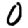
Digit: 0